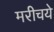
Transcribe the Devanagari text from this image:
मरीचये